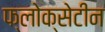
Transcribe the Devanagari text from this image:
फ्लोक्सेटीन